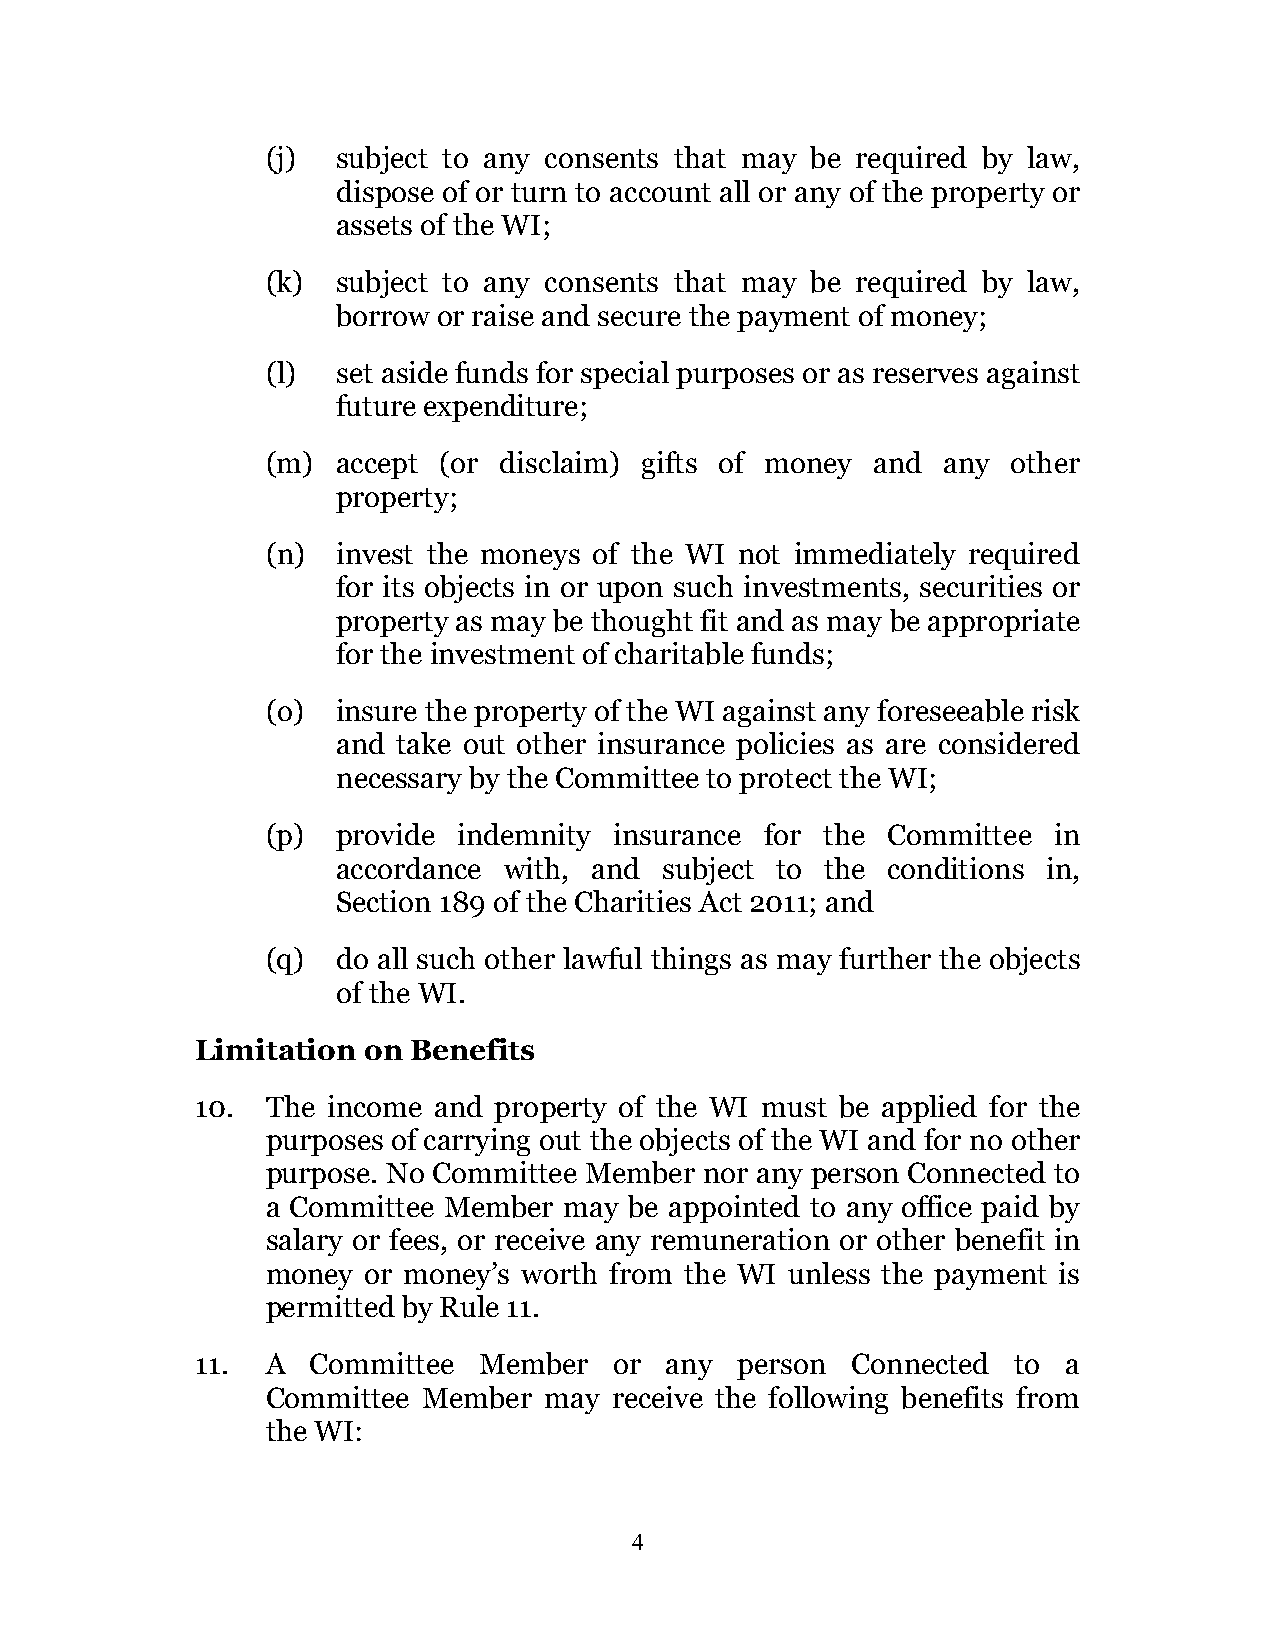
(j) subject to any consents that may be required by law,
 dispose of or turn to account all or any of the property or
 assets of the WI;
 (k) subject to any consents that may be required by law,
 borrow or raise and secure the payment of money;
 (l) set aside funds for special purposes or as reserves against
 future expenditure;
 (m) accept (or disclaim) gifts of money and any  other
 property;
 (n) invest the moneys of the WI not immediately required
 for its objects in or upon such investments, securities or
 property as may be thought fit and as may be appropriate
 for the investment of charitable funds;
 (o) insure the property of the WI against any foreseeable risk
 and take out other insurance policies as are considered
 necessary by the Committee to protect the WI;
 (p) provide indemnity  insurance for the Committee  in
 accordance with, and  subject to the conditions in,
 Section 189 of the Charities Act 2011; and
 (q) do all such other lawful things as may further the objects
 of the WI.
 Limitation on Benefits
 10.  The income and property of the WI must be applied for the
 purposes of carrying out the objects of the WI and for no other
 purpose. No Committee Member nor any person Connected to
 a Committee Member may  be appointed to any office paid by
 salary or fees, or receive any remuneration or other benefit in
 money or money’s worth from the WI unless the payment is
 permitted by Rule 11.
 11.  A  Committee  Member   or any  person Connected  to  a
 Committee Member  may  receive the following benefits from
 the WI:
 4